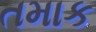
તમાક